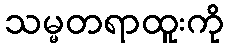
သမ္မတရာထူးကို